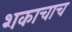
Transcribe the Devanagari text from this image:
शकाचाच